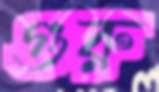
গুরু